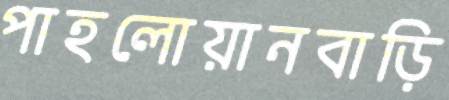
পাহলোয়ানবাড়ি